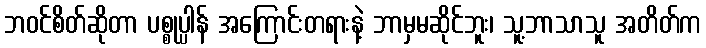
ဘဝင်စိတ်ဆိုတာ ပစ္စုပ္ပါန် အကြောင်းတရားနဲ့ ဘာမှမဆိုင်ဘူး၊ သူ့ဘာသာသူ အတိတ်က